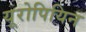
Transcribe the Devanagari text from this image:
यूरोपियिन